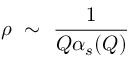
\rho ~ \sim ~ { \frac { 1 } { Q \alpha _ { s } ( Q ) } }